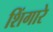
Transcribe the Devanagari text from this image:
शिंगारे